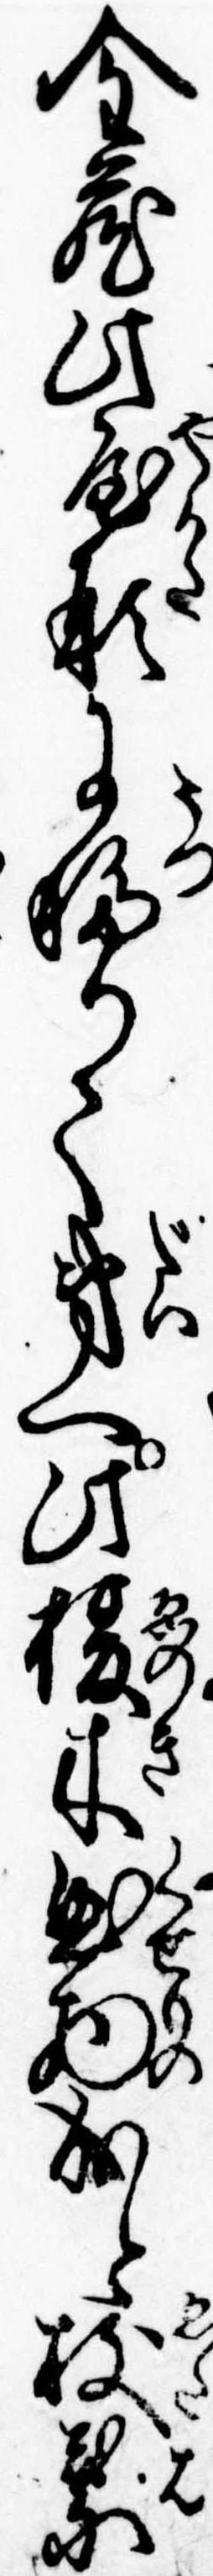
金蔵此屋形に移りて第一此榎木曲物成と枝葉